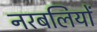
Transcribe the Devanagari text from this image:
नरबलियों